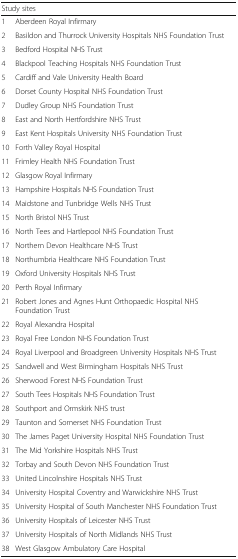
| <COLSPAN=2> Study sites |
 | --- | --- |
 | 1 | Aberdeen Royal Infirmary |
 | 2 | Basildon and Thurrock University Hospitals NHS Foundation Trust |
 | 3 | Bedford Hospital NHS Trust |
 | 4 | Blackpool Teaching Hospitals NHS Foundation Trust |
 | 5 | Cardiff and Vale University Health Board |
 | 6 | Dorset County Hospital NHS Foundation Trust |
 | 7 | Dudley Group NHS Foundation Trust |
 | 8 | East and North Hertfordshire NHS Trust |
 | 9 | East Kent Hospitals University NHS Foundation Trust |
 | 10 | Forth Valley Royal Hospital |
 | 11 | Frimley Health NHS Foundation Trust |
 | 12 | Glasgow Royal Infirmary |
 | 13 | Hampshire Hospitals NHS Foundation Trust |
 | 14 | Maidstone and Tunbridge Wells NHS Trust |
 | 15 | North Bristol NHS Trust |
 | 16 | North Tees and Hartlepool NHS Foundation Trust |
 | 17 | Northern Devon Healthcare NHS Trust |
 | 18 | Northumbria Healthcare NHS Foundation Trust |
 | 19 | Oxford University Hospitals NHS Trust |
 | 20 | Perth Royal Infirmary |
 | 21 | Robert Jones and Agnes Hunt Orthopaedic Hospital NHS Foundation Trust |
 | 22 | Royal Alexandra Hospital |
 | 23 | Royal Free London NHS Foundation Trust |
 | 24 | Royal Liverpool and Broadgreen University Hospitals NHS Trust |
 | 25 | Sandwell and West Birmingham Hospitals NHS Trust |
 | 26 | Sherwood Forest NHS Foundation Trust |
 | 27 | South Tees Hospitals NHS Foundation Trust |
 | 28 | Southport and Ormskirk NHS trust |
 | 29 | Taunton and Somerset NHS Foundation Trust |
 | 30 | The James Paget University Hospital NHS Foundation Trust |
 | 31 | The Mid Yorkshire Hospitals NHS Trust |
 | 32 | Torbay and South Devon NHS Foundation Trust |
 | 33 | United Lincolnshire Hospitals NHS Trust |
 | 34 | University Hospital Coventry and Warwickshire NHS Trust |
 | 35 | University Hospital of South Manchester NHS Foundation Trust |
 | 36 | University Hospitals of Leicester NHS Trust |
 | 37 | University Hospitals of North Midlands NHS Trust |
 | 38 | West Glasgow Ambulatory Care Hospital |